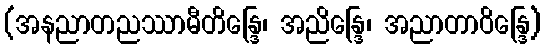
(အနညာတညဿာမီတိန္ဒြေ၊ အညိန္ဒြေ၊ အညာတာဝိန္ဒြေ)